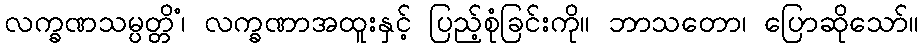
လက္ခဏသမ္ပတ္တိံ၊ လက္ခဏာအထူးနှင့် ပြည့်စုံခြင်းကို။ ဘာသတော၊ ပြောဆိုသော်။